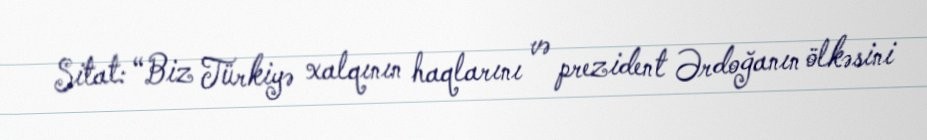
Sitat: “Biz Türkiyə xalqının haqlarını və prezident Ərdoğanın ölkəsini